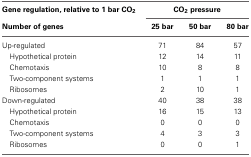
<table><thead><tr><td><b>Gene regulation, relative to 1 bar CO<sub>2</sub></b></td><td colspan="3"><b>CO<sub>2</sub> pressure</b></td></tr><tr><td><b>Number of genes</b></td><td><b>25 bar</b></td><td><b>50 bar</b></td><td><b>80 bar</b></td></tr></thead><tbody><tr><td>Up-regulated</td><td>71</td><td>84</td><td>57</td></tr><tr><td>Hypothetical protein</td><td>12</td><td>14</td><td>11</td></tr><tr><td>Chemotaxis</td><td>10</td><td>8</td><td>8</td></tr><tr><td>Two-component systems</td><td>1</td><td>1</td><td>1</td></tr><tr><td>Ribosomes</td><td>2</td><td>10</td><td>1</td></tr><tr><td>Down-regulated</td><td>40</td><td>38</td><td>38</td></tr><tr><td>Hypothetical protein</td><td>16</td><td>15</td><td>13</td></tr><tr><td>Chemotaxis</td><td>0</td><td>0</td><td>0</td></tr><tr><td>Two-component systems</td><td>4</td><td>3</td><td>3</td></tr><tr><td>Ribosomes</td><td>0</td><td>0</td><td>1</td></tr></tbody></table>